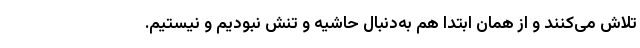
تلاش می‌کنند و از همان ابتدا هم به‌دنبال حاشیه و تنش نبودیم و نیستیم.